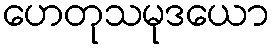
ဟေတုသမုဒယော